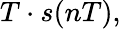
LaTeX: T\cdot s(nT),